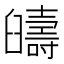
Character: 𦦰